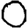
Digit: 0